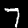
Label: 7